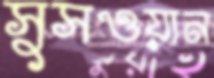
সুসওয়ান